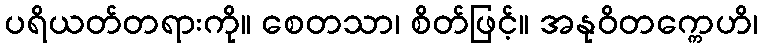
ပရိယတ်တရားကို။ စေတသာ၊ စိတ်ဖြင့်။ အနုဝိတက္ကေဟိ၊